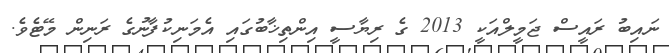
ނައިބު ރައީސް ޖަމީލްއަކީ 2013 ގެ ރިޔާސީ އިންތިޚާބުގައި އެމަނިކުފާނުގެ ރަނިން މޭޓެވެ.